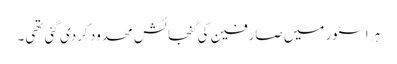
ہر اسٹور میں صارفین کی گنجائش محدود کردی گئی تھی۔